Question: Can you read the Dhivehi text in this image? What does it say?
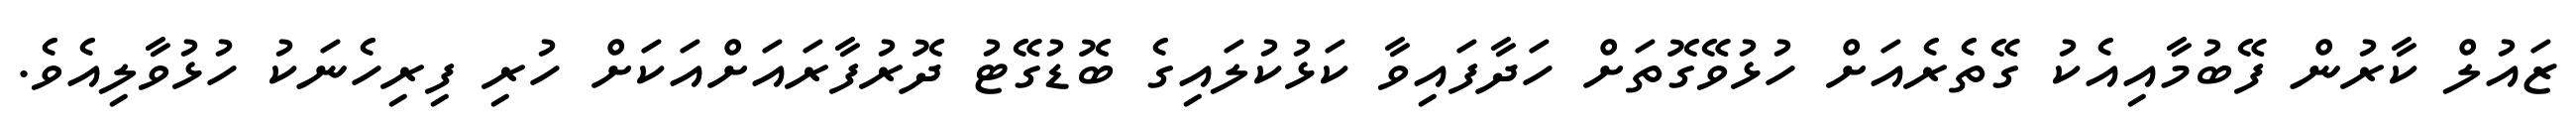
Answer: ޒައުލް ކާރުން ފޭބުމާއިއެކު ގޭތެރެއަށް ހުޅުވޭގޮތަށް ހަދާފައިވާ ކަޅުކުލައިގެ ބޮޑުގޭޓު ދޮރުފާރައަށްއަކަށް ހުރި ފިރިހެނަކު ހުޅުވާލިއެވެ.